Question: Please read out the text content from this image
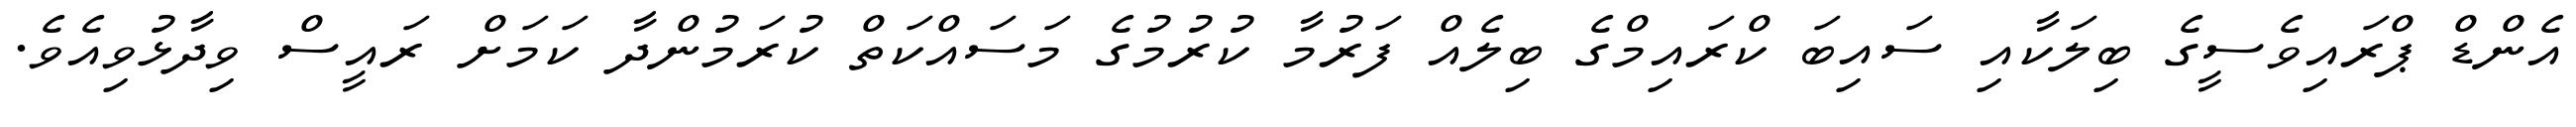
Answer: އެންޑް ޕްރައިވެސީގެ ބިލަކާއި ސައިބަ ކްރައިމްގެ ބިލެއް ފަރުމާ ކުރުމުގެ މަސައްކަތް ކުރަމުންދާ ކަމަށް ރައީސް ވިދާޅުވިއެވެ.